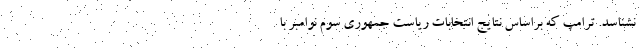
نشناسد. ترامپ که براساس نتایج انتخابات ریاست جمهوری سوم نوامبر با